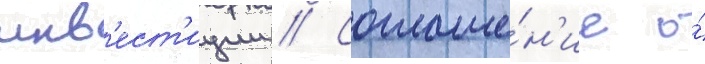
инв'ест'иции // Соглаше́н'ие о́